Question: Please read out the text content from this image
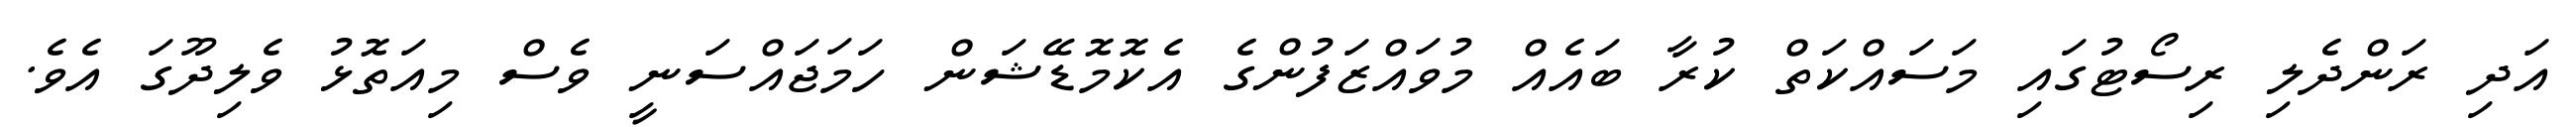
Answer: އަދި ރަންދެލި ރިސޯޓުގައި މަސައްކަތް ކުރާ ބައެއް މުވައްޒަފުންގެ އެކޮމޮޑޭޝަން ހަމަޖައްސަނީ ވެސް މިއަތޮޅު ވެލިދޫގަ އެވެ.